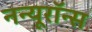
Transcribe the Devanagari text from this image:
नन्यूरॉन्स